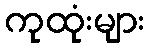
ကုထုံးများ